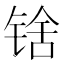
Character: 𬭘